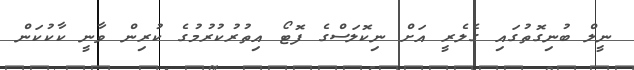
ނީލް ބުނިގޮތުގައި ގެލެރީ އަށް ނިކޮލަސްގެ ފޮޓޯ އިތުރުކުރުމުގެ ކުރިން ވާނީ ކާކުކަން